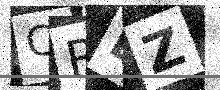
Text: CREZ